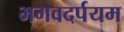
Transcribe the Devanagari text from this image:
भगवदर्पयम